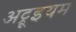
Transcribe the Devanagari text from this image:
अट्रूइयम